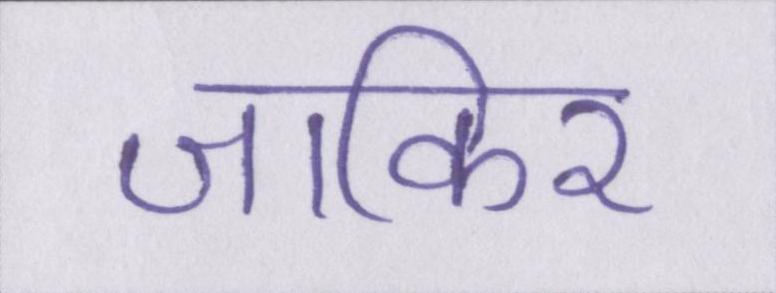
जाकिर